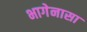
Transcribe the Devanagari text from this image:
भागेनासा